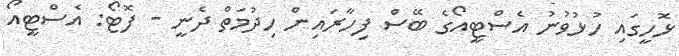
ޅޮހީގައި ހުޅުވުނު އެސްޓީއޯގެ ބޭސް ފިހާރައިން ހިދުމަތް ދެނީ - ފޮޓޯ: އެސްޓީއޯ